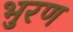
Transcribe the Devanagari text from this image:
भुरण